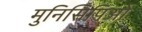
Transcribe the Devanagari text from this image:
मुनिसिपिओ